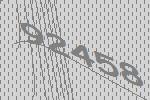
92458